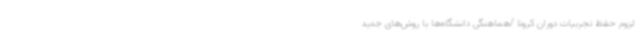
لزوم حفظ تجربیات دوران کرونا /هماهنگی دانشگاه‌ها با روش‌های جدید